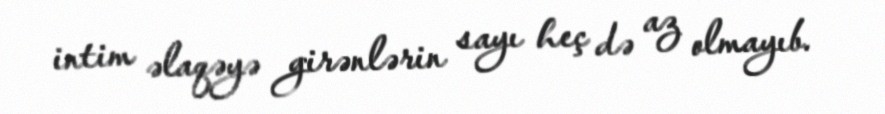
intim əlaqəyə girənlərin sayı heç də az olmayıb.